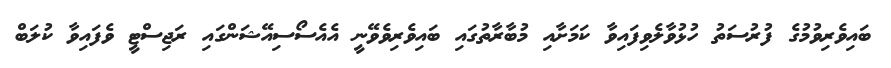
ބައިވެރިވުމުގެ ފުރުސަތު ހުޅުވާލެވިފައިވާ ކަމަށާއި މުބާރާތުގައި ބައިވެރިވެވޭނީ އެއެސޯސިއޭޝަންގައި ރަޖިސްޓީ ވެފައިވާ ކުލަބް